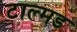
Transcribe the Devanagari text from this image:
टाल्मड